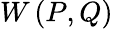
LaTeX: W\left(P,Q\right)